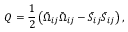
Q = \frac { 1 } { 2 } \left( { { { \bar { \Omega } } _ { i j } } { { \bar { \Omega } } _ { i j } } - { { \bar { S } } _ { i j } } { { \bar { S } } _ { i j } } } \right) ,